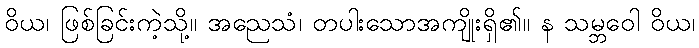
ဝိယ၊ ဖြစ်ခြင်းကဲ့သို့။ အညေသံ၊ တပါးသောအကျိုးရှိ၏။ န သမ္ဘဝေါ ဝိယ၊